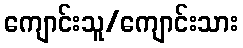
ကျောင်းသူ/ကျောင်းသား